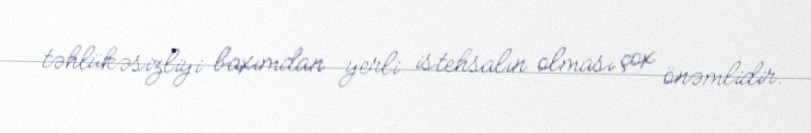
təhlükəsizliyi baxımdan yerli istehsalın olması çox önəmlidir.